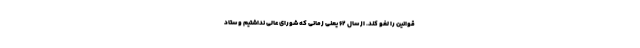
قوانین را لغو کند. از سال ۶۲ یعنی زمانی که شورای عالی نداشتیم و ستاد